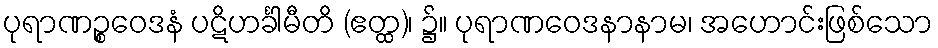
ပုရာဏဉ္စဝေဒနံ ပဋိဟင်္ခါမီတိ (ဧတ္ထ)၊ ၌။ ပုရာဏဝေဒနာနာမ၊ အဟောင်းဖြစ်သော